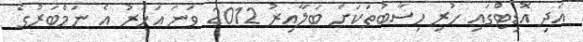
އަދި އޮޑިޓްގައި ހުރި ހިސާބުތަކަށް ބަލާއިރު 2012 ވަނަ އަހަރު އެ ނަމްބަރުގެ